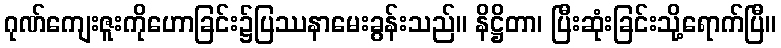
ဂုဏ်ကျေးဇူးကိုဟောခြင်း၌ပြဿနာမေးခွန်းသည်။ နိဋ္ဌိတာ၊ ပြီးဆုံးခြင်းသို့ရောက်ပြီ။